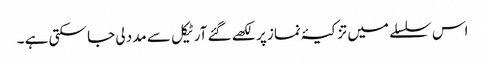
اس سلسلے میں تزکیۂ نماز پر لکھے گئے آرٹیکل سے مدد لی جا سکتی ہے ۔